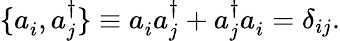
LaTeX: \{ a_{i}^{\, },a_{j}^{\dagger}\} \equiv a_{i}^{\, }a_{j}^{\dagger}+a_{j}^{\dagger}a_{i}^{\, }=\delta_{ij}.